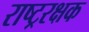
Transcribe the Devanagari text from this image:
राष्ट्ररक्षक